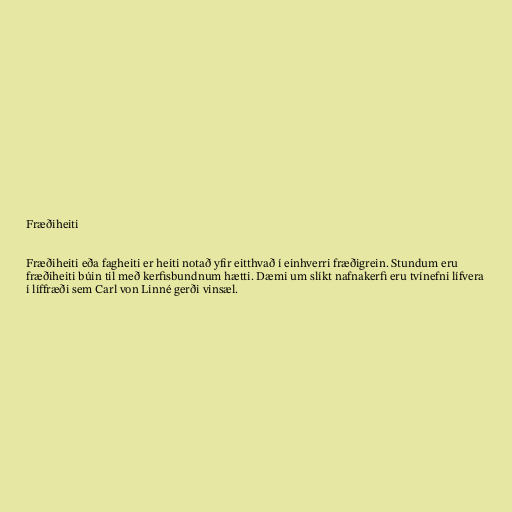
Fræðiheiti

Fræðiheiti eða fagheiti er heiti notað yfir eitthvað í einhverri fræðigrein. Stundum eru
fræðiheiti búin til með kerfisbundnum hætti. Dæmi um slíkt nafnakerfi eru tvínefni lífvera
í líffræði sem Carl von Linné gerði vinsæl.